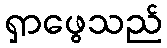
ရှာဖွေသည်